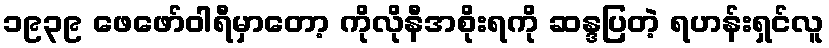
၁၉၃၉ ဖေဖော်ဝါရီမှာတော့ ကိုလိုနီအစိုးရကို ဆန္ဒပြတဲ့ ရဟန်းရှင်လူ